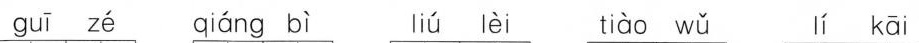
guī z é qiáng bì liú lèi tiào wǔ lí kāi